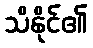
သိနိုင်၏